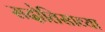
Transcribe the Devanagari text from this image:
सदोतिसाव्या